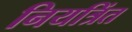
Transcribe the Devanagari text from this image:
नियत्रिंत